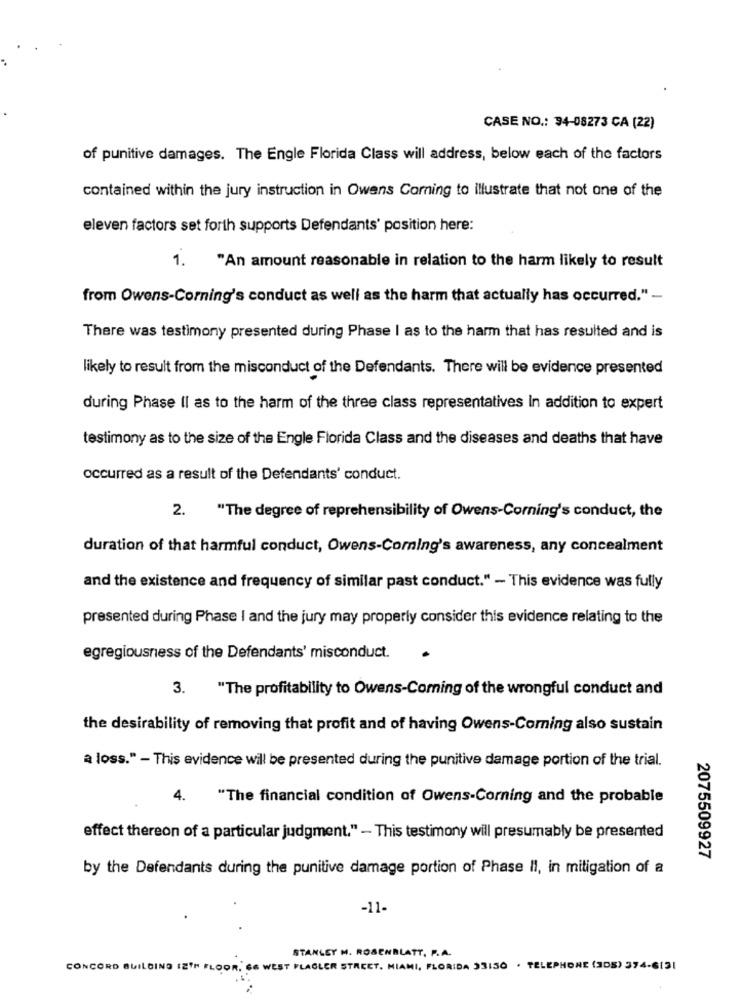
CASE NO .: 34-08273 CA (22)
of punitive damages. The Engle Florida Class will address, below each of the factors
contained within the jury instruction in Owens Corning to illustrate that not one of the
eleven factors set forth supports Defendants' position here:
1. "An amount reasonable in relation to the harm likely to result
from Owens-Corning's conduct as well as the harm that actually has occurred." -
There was testimony presented during Phase I as to the harm that has resulted and is
likely to result from the misconduct of the Defendants. There will be evidence presented
during Phase II as to the harm of the three class representatives In addition to expert
testimony as to the size of the Engle Florida Class and the diseases and deaths that have
occurred as a result of the Defendants' conduct.
2. "The degree of reprehensibility of Owens Corning's conduct, the
duration of that harmful conduct, Owens-Corning's awareness, any concealment
and the existence and frequency of similar past conduct." - This evidence was fully
presented during Phase I and the jury may properly consider this evidence relating to the
egregiousness of the Defendants' misconduct.
3. "The profitability to Owens-Coming of the wrongful conduct and
the desirability of removing that profit and of having Owens-Coming also sustain
a loss." - This evidence will be presented during the punitive damage portion of the trial.
4.
"The financial condition of Owens Corning and the probable
effect thereon of a particular judgment." - This testimony will presumably be presented
2075509927
by the Defendants during the punitive damage portion of Phase Il, in mitigation of a
-11-
STANLEY M. ROSENBLATT, P.A.
CONCORD BUILDING IZTH FLOOR. SE WEST FLAGLER STREET. MIAMI, FLORIDA 33130 . TELEPHONE (308) 374-6131